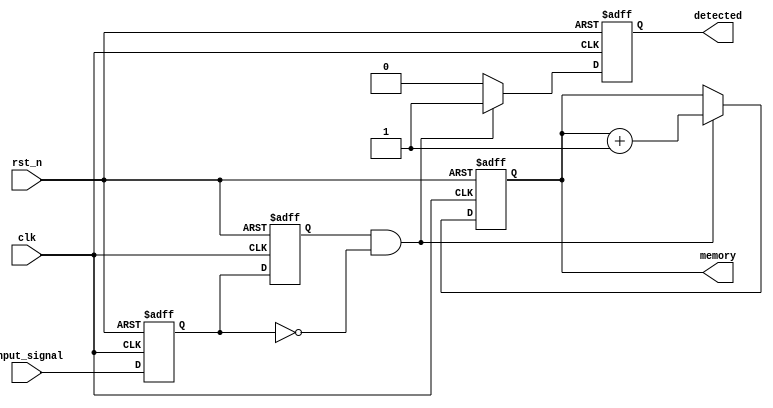
module dual_ff_detector (
    input wire clk,            // Clock signal
    input wire rst_n,         // Active low reset signal
    input wire input_signal,   // Input signal to be monitored
    output reg detected,       // Output signal indicating pattern detection
    output reg [7:0] memory    // Memory block to store detected state (example size)
);

// Internal signals for flip-flops
reg ff1_out;                 // Output of the first flip-flop
reg ff2_out;                 // Output of the second flip-flop

// Flip-Flop 1: Synchronize input signal
always @(posedge clk or negedge rst_n) begin
    if (!rst_n) begin
        ff1_out <= 1'b0;      // Reset FF1
    end else begin
        ff1_out <= input_signal; // Sample input signal
    end
end

// Flip-Flop 2: Further synchronize the output of FF1
always @(posedge clk or negedge rst_n) begin
    if (!rst_n) begin
        ff2_out <= 1'b0;      // Reset FF2
    end else begin
        ff2_out <= ff1_out;   // Sample output of FF1
    end
end

// Control Logic for Pattern Detection
always @(posedge clk or negedge rst_n) begin
    if (!rst_n) begin
        detected <= 1'b0;     // Reset detected signal
        memory <= 8'b0;       // Reset memory
    end else begin
        // Example pattern detection: Detect rising edge
        if (ff2_out && !ff1_out) begin
            detected <= 1'b1;  // Pattern detected (rising edge)
            memory <= memory + 1; // Store state in memory (increment example)
        end else begin
            detected <= 1'b0;   // No pattern detected
        end
    end
end

endmodule